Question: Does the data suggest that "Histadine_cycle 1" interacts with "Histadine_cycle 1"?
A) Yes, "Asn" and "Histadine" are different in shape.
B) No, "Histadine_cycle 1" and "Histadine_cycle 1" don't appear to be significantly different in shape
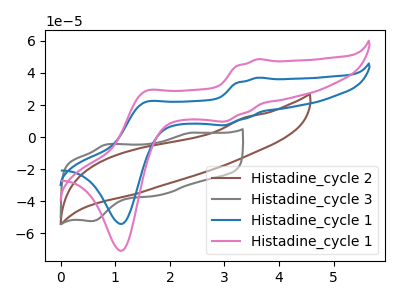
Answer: <think>The brown curve "Histadine_cycle 2" has no peaks. The gray curve "Histadine_cycle 3" has anodic peaks at (2.40V, 2.75uA) (0.85V, -4.60uA) and cathodic peaks at (1.80V, -36.00uA) (0.55V, -52.30uA). The blue curve "Histadine_cycle 1" has anodic peaks at (3.60V, 37.10uA) (1.55V, 21.70uA) and cathodic peaks at (3.00V, 7.45uA) (1.10V, -54.05uA). The pink curve "Histadine_cycle 1" has anodic peaks at (3.60V, 48.60uA) (1.55V, 28.40uA) and cathodic peaks at (3.00V, 9.75uA) (1.10V, -70.75uA).
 All the peaks in "Histadine_cycle 1" have a peak in "Histadine_cycle 1" at the same potential.</think>
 <answer>B) No, "Histadine_cycle 1" and "Histadine_cycle 1" don't appear to be significantly different in shape</answer>
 <eval>B</eval>